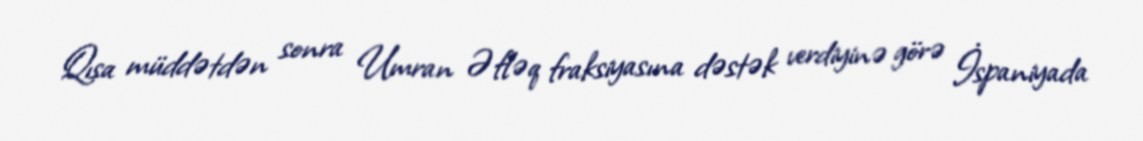
Qısa müddətdən sonra Umran Əfləq fraksiyasına dəstək verdiyinə görə İspaniyada